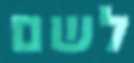
לשם